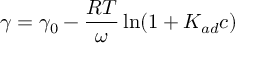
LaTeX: \gamma = \gamma _ { 0 } - { \frac { R T } { \omega } } \ln ( 1 + K _ { a d } c )